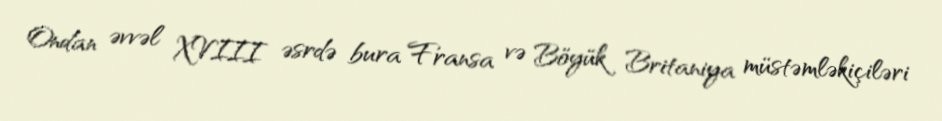
Ondan əvvəl XVIII əsrdə bura Fransa və Böyük Britaniya müstəmləkiçiləri